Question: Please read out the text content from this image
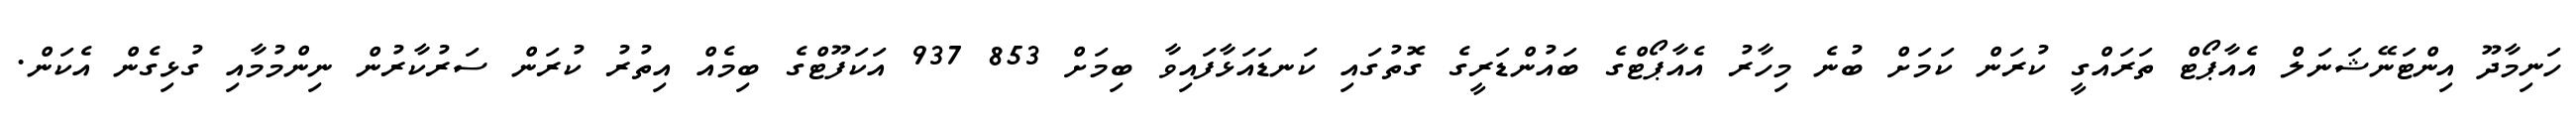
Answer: ހަނިމާދޫ އިންޓަނޭޝަނަލް އެއާޕޯޓް ތަރައްގީ ކުރަން ކަމަށް ބުނެ މިހާރު އެއާޕޯޓްގެ ބައުންޑަރީގެ ގޮތުގައި ކަނޑައަޅާފައިވާ ބިމަށް 853 937 އަކަފޫޓްގެ ބިމެއް އިތުރު ކުރަން ސަރުކާރުން ނިންމުމާއި ގުޅިގެން އެކަން.